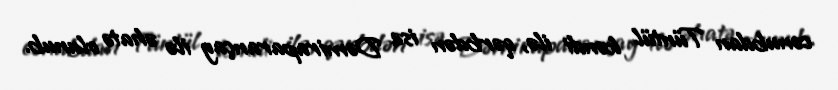
cənubdan Tüntül kəndi ilə, qərbdən isə Dəmiraparançay ilə əhatə olunub.